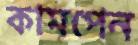
কামপেন